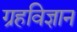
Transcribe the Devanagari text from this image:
ग्रहविज्ञान